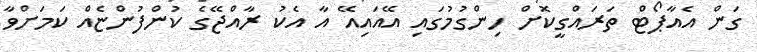
ގަން އެއާޕޯޓް ތަރައްގީކޮށް ހިންގުމުގައި އޭއައިއޭ އާ އެކު ރާއްޖޭގެ ކުންފުންޏެއް ކަމަށްވާ